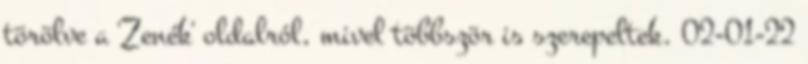
törölve a 'Zenék' oldalról, mivel többször is szerepeltek. 02-01-22